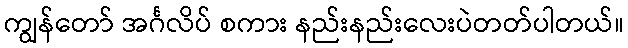
ကျွန်တော် အင်္ဂလိပ် စကား နည်းနည်းလေးပဲတတ်ပါတယ်။